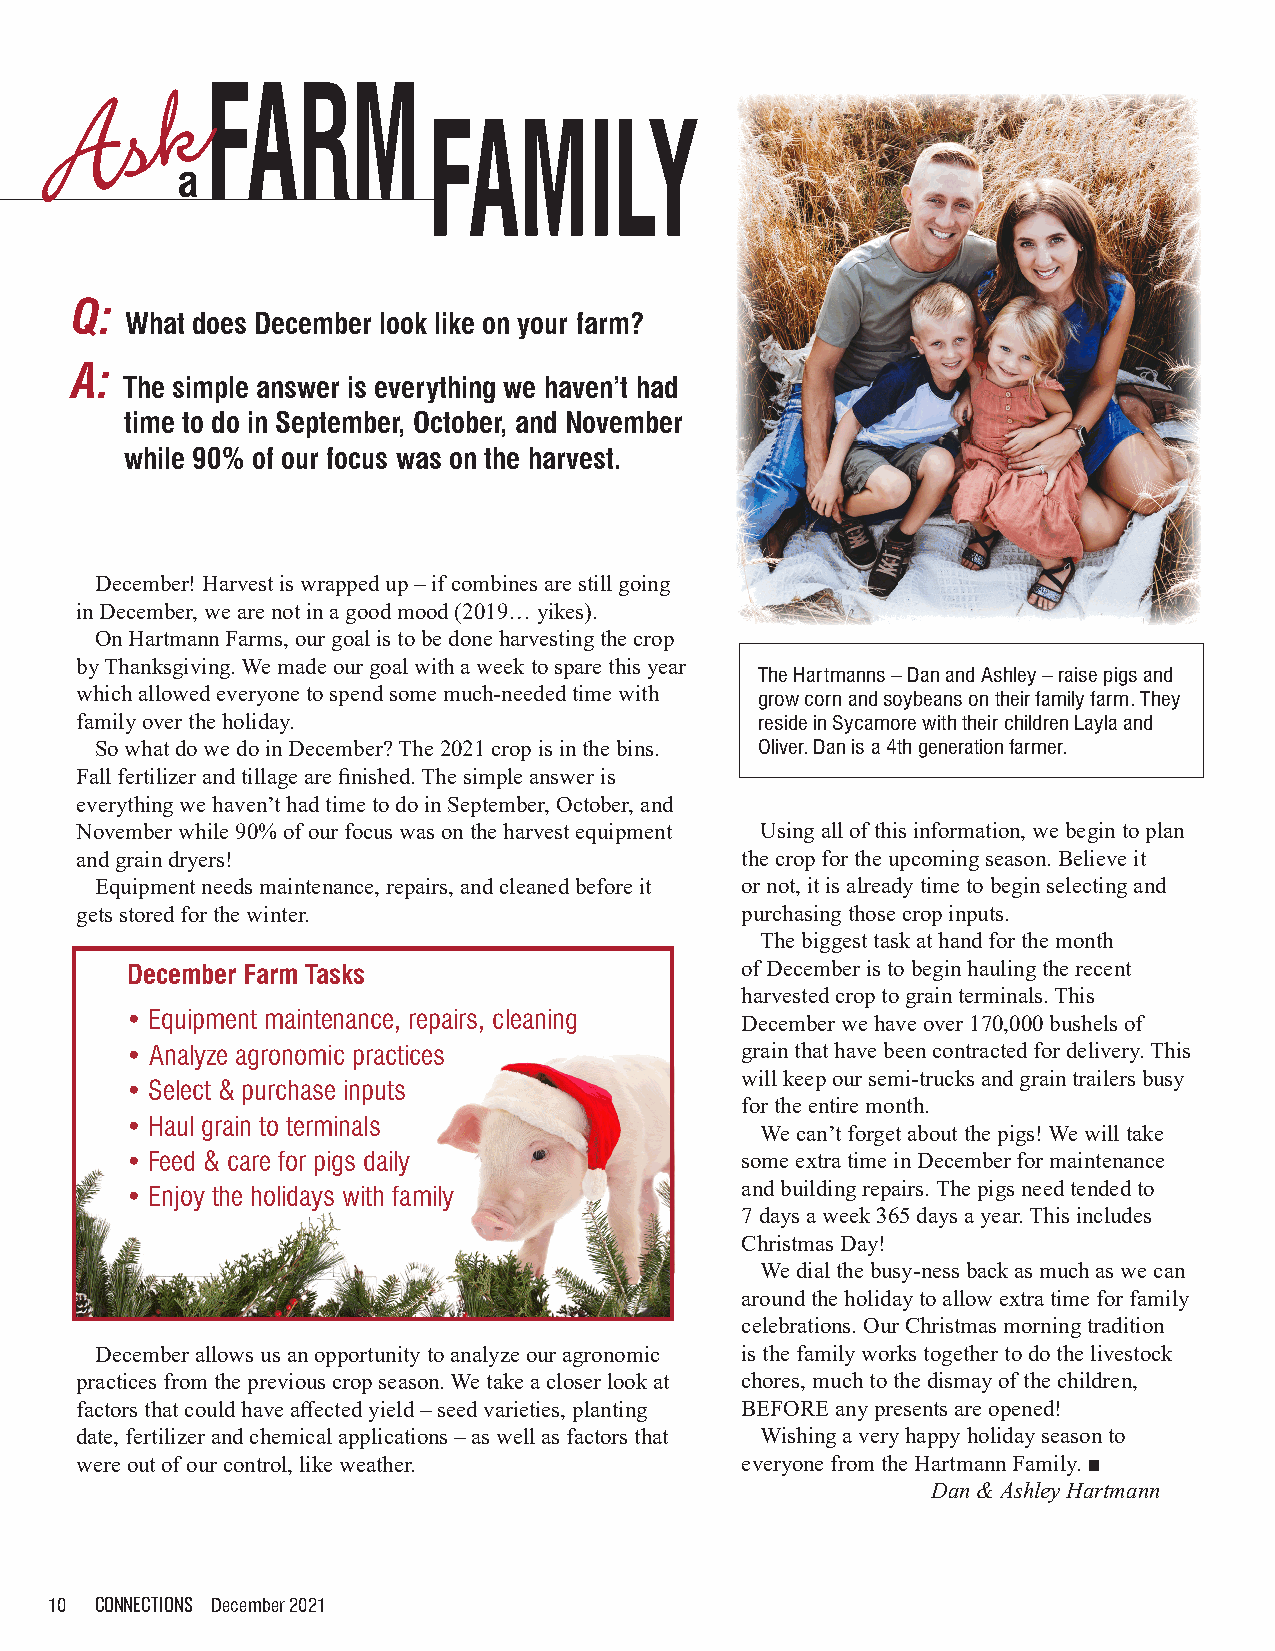
Q:
 What does December look like on your farm?
 A:
 The simple answer is everything we haven’t had
 time to do in September, October, and November
 while 90% of our focus was on the harvest.
 December! Harvest is wrapped up – if combines are still going
 in December, we are not in a good mood (2019… yikes).
 On Hartmann Farms, our goal is to be done harvesting the crop
 by Thanksgiving. We made our goal with a week to spare this year
 The Hartmanns – Dan and Ashley – raise pigs and
 which allowed everyone to spend some much-needed time with grow corn and soybeans on their family farm. They
 family over the holiday.                     reside in Sycamore with their children Layla and
 So what do we do in December? The 2021 crop is in the bins. Oliver. Dan is a 4th generation farmer.
 Fall fertilizer and tillage are finished. The simple answer is
 everything we haven’t had time to do in September, October, and
 November while 90% of our focus was on the harvest equipment Using all of this information, we begin to plan
 and grain dryers!                           the crop for the upcoming season. Believe it
 Equipment needs maintenance, repairs, and cleaned before it or not, it is already time to begin selecting and
 gets stored for the winter.                 purchasing those crop inputs.
 The biggest task at hand for the month
 December Farm Tasks                      of December is to begin hauling the recent
 harvested crop to grain terminals. This
 • Equipment maintenance, repairs, cleaning December we have over 170,000 bushels of
 • Analyze agronomic practices            grain that have been contracted for delivery. This
 will keep our semi-trucks and grain trailers busy
 • Select & purchase inputs
 for the entire month.
 • Haul grain to terminals
 We can’t forget about the pigs! We will take
 • Feed & care for pigs daily             some extra time in December for maintenance
 • Enjoy the holidays with family         and building repairs. The pigs need tended to
 7 days a week 365 days a year. This includes
 Christmas Day!
 We dial the busy-ness back as much as we can
 around the holiday to allow extra time for family
 celebrations. Our Christmas morning tradition
 December allows us an opportunity to analyze our agronomic is the family works together to do the livestock
 practices from the previous crop season. We take a closer look at chores, much to the dismay of the children,
 factors that could have affected yield – seed varieties, planting BEFORE any presents are opened!
 date, fertilizer and chemical applications – as well as factors that Wishing a very happy holiday season to
 were out of our control, like weather.      everyone from the Hartmann Family. ■
 Dan & Ashley Hartmann
 10 CONNECTIONS December 2021